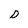
Character: D